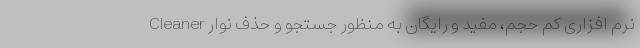
Cleaner نرم افزاری کم حجم، مفید و رایگان به منظور جستجو و حذف نوار